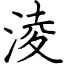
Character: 淩